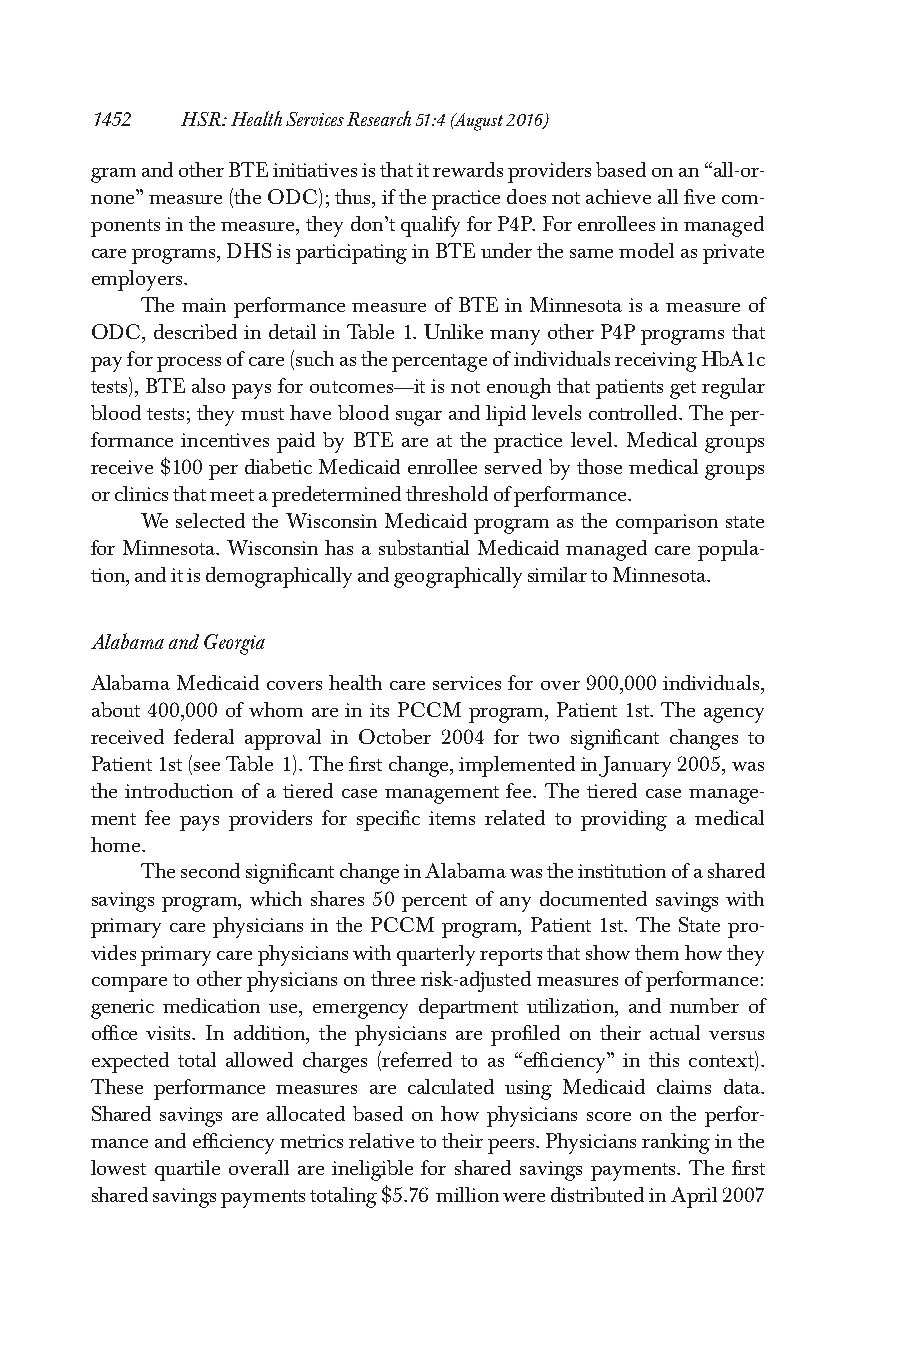
1452  HSR:HealthServicesResearch51:4(August2016)
 gramandotherBTEinitiativesisthatitrewardsprovidersbasedonan“all-or-
 none”measure(theODC);thus,ifthepracticedoesnotachieveallfivecom-
 ponentsinthemeasure,theydon’tqualifyforP4P.Forenrolleesinmanaged
 careprograms,DHSisparticipatinginBTEunderthesamemodelasprivate
 employers.
 The main performance measure of BTE in Minnesota is a measure of
 ODC, described in detail in Table 1. Unlike many other P4P programs that
 payforprocessofcare(suchasthepercentageofindividualsreceivingHbA1c
 tests),BTEalsopaysforoutcomes—itisnotenoughthatpatientsgetregular
 bloodtests;theymusthavebloodsugarandlipidlevelscontrolled.Theper-
 formance incentives paid by BTE are at the practice level. Medical groups
 receive$100perdiabetic Medicaidenrolleeservedbythosemedicalgroups
 orclinicsthatmeetapredeterminedthresholdofperformance.
 We selected the Wisconsin Medicaid program as the comparison state
 for Minnesota. Wisconsin has a substantial Medicaid managed care popula-
 tion,anditisdemographicallyandgeographicallysimilartoMinnesota.
 AlabamaandGeorgia
 Alabama Medicaid covers health care services for over 900,000 individuals,
 about 400,000 of whom are in its PCCM program, Patient 1st. The agency
 received federal approval in October 2004 for two significant changes to
 Patient1st(seeTable 1).Thefirstchange,implementedinJanuary2005,was
 the introduction of a tiered case management fee. The tiered case manage-
 ment fee pays providers for specific items related to providing a medical
 home.
 ThesecondsignificantchangeinAlabamawastheinstitutionofashared
 savings program, which shares 50 percent of any documented savings with
 primary care physicians in the PCCM program, Patient 1st. The State pro-
 videsprimarycarephysicianswithquarterlyreportsthatshowthemhowthey
 comparetootherphysiciansonthreerisk-adjustedmeasuresofperformance:
 generic medication use, emergency department utilization, and number of
 office visits. In addition, the physicians are profiled on their actual versus
 expected total allowed charges (referred to as “efficiency” in this context).
 These performance measures are calculated using Medicaid claims data.
 Shared savings are allocated based on how physicians score on the perfor-
 manceandefficiencymetricsrelativetotheirpeers.Physiciansrankinginthe
 lowest quartile overall are ineligible for shared savings payments. The first
 sharedsavingspaymentstotaling$5.76 millionweredistributedinApril2007